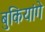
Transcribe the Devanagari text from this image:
बुकियांगे